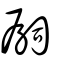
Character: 孠